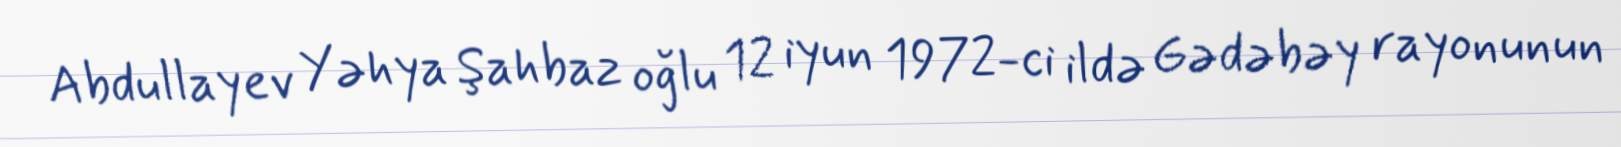
Abdullayev Yəhya Şahbaz oğlu 12 iyun 1972-ci ildə Gədəbəy rayonunun